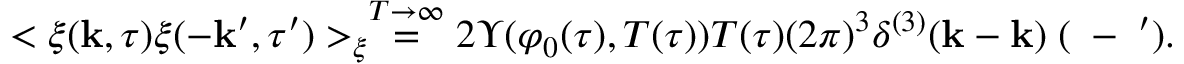
< \xi ( { \bf k } , \tau ) \xi ( - { \bf k } ^ { \prime } , \tau ^ { \prime } ) > _ { \xi } \stackrel { T \rightarrow \infty } { = } 2 \Upsilon ( \varphi _ { 0 } ( \tau ) , T ( \tau ) ) T ( \tau ) ( 2 \pi ) ^ { 3 } \delta ^ { ( 3 ) } ( \bf { k } - \bf { k } ) \delta ( \tau - \tau ^ { \prime } ) .